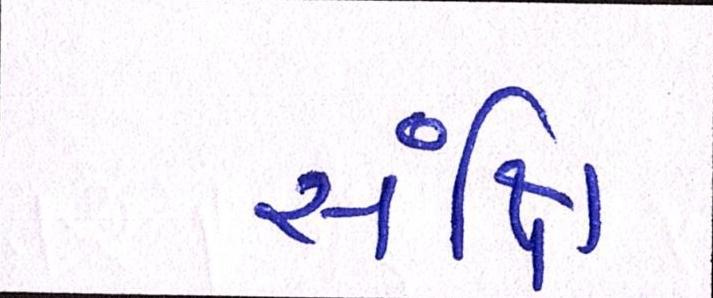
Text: સંક્ષિ